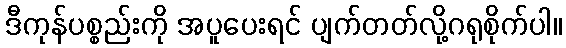
ဒီကုန်ပစ္စည်းကို အပူပေးရင် ပျက်တတ်လို့ဂရုစိုက်ပါ။